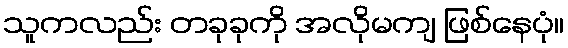
သူကလည်း တခုခုကို အလိုမကျ ဖြစ်နေပုံ။